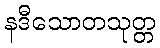
နဒီသောတသုတ္တ